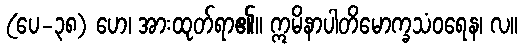
(ပေ-၃၈) ဟေ၊ အားထုတ်ရာ၏။ ဣမိနာပါတိမောက္ခသံဝရေန၊ လ။